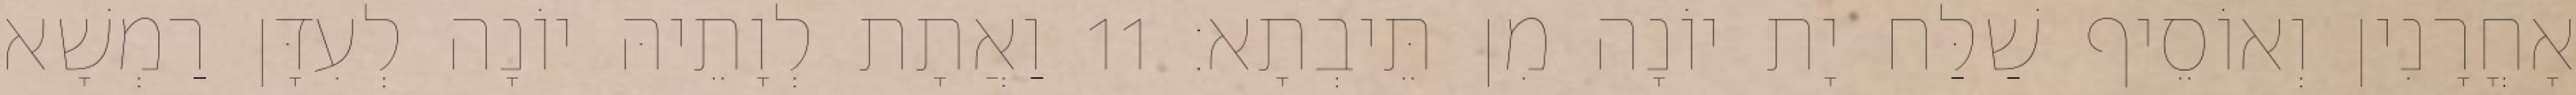
אָחֳרָנִין וְאוֹסֵיף שַׁלַּח יָת יוֹנָה מִן תֵּיבְתָא׃ 11 וַאֲתָת לְוָתֵיהּ יוֹנָה לְעִדָּן רַמְשָׁא